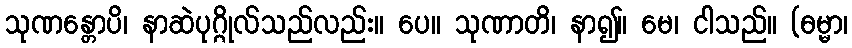
သုဏန္တောပိ၊ နာဆဲပုဂ္ဂိုလ်သည်လည်း။ ပေ။ သုဏာတိ၊ နာ၍။ မေ၊ ငါသည်။ (ဓမ္မာ၊